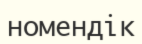
номендік